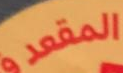
المقعد